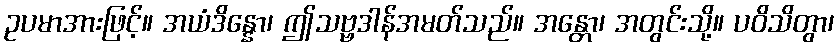
ဥပမာအားဖြင့်။ အယံဒိန္နော၊ ဤသဗ္ဗဒါန်အမတ်သည်။ အန္တော၊ အတွင်းသို့။ ပဝိသိတွာ၊